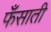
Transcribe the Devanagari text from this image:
फँसाती